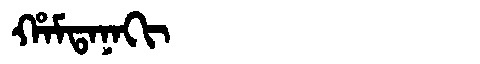
Manchu: ᡥᠠᠮᡨᠠᠨᠠᡴᡳ
Romanization: HAMTANAKI